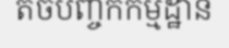
តចបញ្ចកកម្មដ្ឋាន